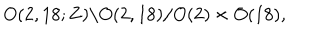
O ( 2 , 1 8 ; { \bf Z } ) \backslash O ( 2 , 1 8 ) / O ( 2 ) \times O ( 1 8 ) ,